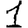
Digit: 1